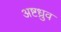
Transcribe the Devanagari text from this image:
अष्टध्रुव